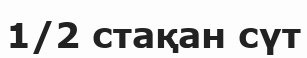
1/2 стақан сүт